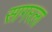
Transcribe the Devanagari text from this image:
सागरला